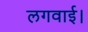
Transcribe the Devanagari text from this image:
लगवाई।